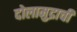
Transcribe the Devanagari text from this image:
दोलामुद्राची